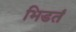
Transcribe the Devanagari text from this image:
भिडतं